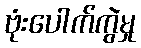
ဗုံးပေါက်ကွဲမှု